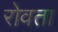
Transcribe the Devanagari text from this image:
रोवता